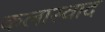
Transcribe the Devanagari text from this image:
कलास्वाद